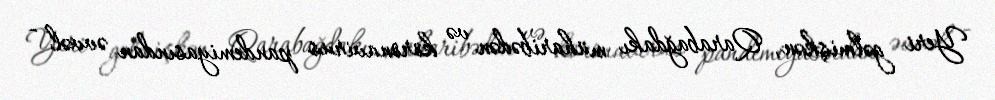
Yeri gəlmişkən, Qarabağdakı müharibədən və koronavirus pandemiyasından əvvəl -